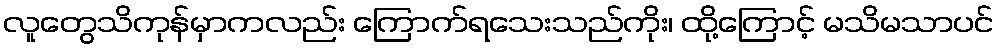
လူတွေသိကုန်မှာကလည်း ကြောက်ရသေးသည်ကိုး၊ ထို့ကြောင့် မသိမသာပင်